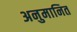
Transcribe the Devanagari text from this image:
अनुमानित